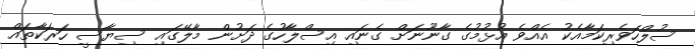
ސުލްހަވެރިކަމާއެކު އެއްވެ އުޅުމުގެ ގާނޫނަށް ގެނައި އިސްލާހުގެ ދަށުން މާލޭގައި ސިޔާސީ ހަރަކާތައް